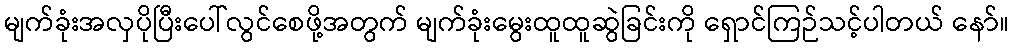
မျက်ခုံးအလှပိုပြီးပေါ်လွင်စေဖို့အတွက် မျက်ခုံးမွေးထူထူဆွဲခြင်းကို ရှောင်ကြဉ်သင့်ပါတယ် နော်။